Reports on dispensaries and lunatic asylums in the Province of Oudh - 1869-1876
Year: 1869
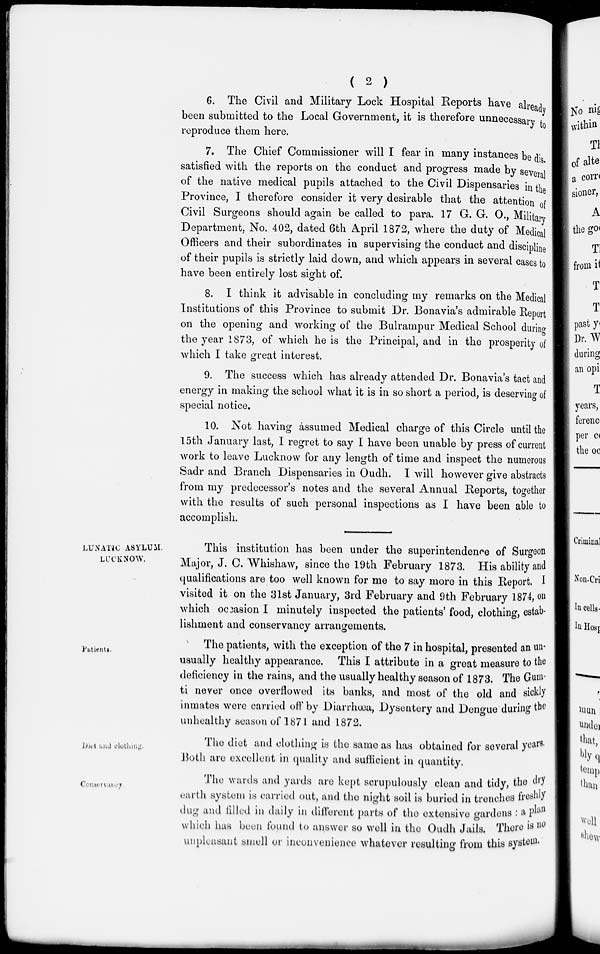
( 2 )
6. The Civil and Military Lock Hospital Reports have already
been submitted to the Local Government, it is therefore unnecessary to
reproduce them here.
7. The Chief Commissioner will I fear in many instances be dis-
satisfied with the reports on the conduct and progress made by several
of the native medical pupils attached to the Civil Dispensaries in the
Province, I therefore consider it very desirable that the attention of
Civil Surgeons should again be called to para. 17 G. G. O., Military
Department, No. 402, dated 6th April 1872, where the duty of Medical
Officers and their subordinates in supervising the conduct and discipline
of their pupils is strictly laid down, and which appears in several cases to
have been entirely lost sight of.
8. I think it advisable in concluding my remarks on the Medical
Institutions of this Province to submit Dr. Bonavia's admirable Report
on the opening and working of the Bulrampur Medical School during
the year 1873, of which he is the Principal, and in the prosperity of
which I take great interest.
9. The success which has already attended Dr. Bonavia's tact and
energy in making the school what it is in so short a period, is deserving of
special notice.
10. Not having assumed Medical charge of this Circle until the
15th January last, I regret to say I have been unable by press of current
work to leave Lucknow for any length of time and inspect the numerous
Sadr and Branch Dispensaries in Oudh. I will however give abstracts
from my predecessor's notes and the several Annual Reports, together
with the results of such personal inspections as I have been able to
accomplish.
LUNATIC ASYLUM.
LUCKNOW.
This institution has been under the superintendence of Surgeon
Major, J. C. Whishaw, since the 19th February 1873. His ability and
qualifications are too well known for me to say more in this Report. I
visited it on the 31st January, 3rd February and 9th February 1874, on
which occasion I minutely inspected the patients' food, clothing, estab-
lishment and conservancy arrangements.
Patients.
The patients, with the exception of the 7 in hospital, presented an un-
usually healthy appearance. This I attribute in a great measure to the
deficiency in the rains, and the usually healthy season of 1873. The Gum-
ti never once overflowed its banks, and most of the old and sickly
inmates were carried off by Diarrhoea, Dysentery and Dengue during the
unhealthy season of 1871 and 1872.
Diet and clothing.
The diet and clothing is the same as has obtained for several years.
Both are excellent in quality and sufficient in quantity.
Conservancy.
The wards and yards are kept scrupulously clean and tidy, the dry
earth system is carried out, and the night soil is buried in trenches freshly
dug and filled in daily in different parts of the extensive gardens : a plan
which has been found to answer so well in the Oudh Jails. There is no
unpleasant smell or inconvenience whatever resulting from this system.